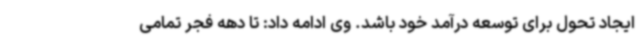
ایجاد تحول برای توسعه درآمد خود باشد. وی ادامه داد: تا دهه فجر تمامی